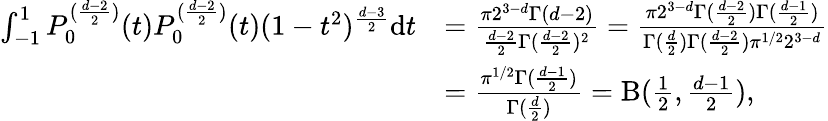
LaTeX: \begin{array}{rl}{\int_{-1}^{1}P_{0}^{(\frac{d-2}{2})}(t)P_{0}^{(\frac{d-2}{2})}(t)(1-t^{2})^{\frac{d-3}{2}}\mathrm{d}t}&{=\frac{\pi 2^{3-d}\Gamma(d-2)}{\frac{d-2}{2}\Gamma(\frac{d-2}{2})^{2}}=\frac{\pi 2^{3-d}\Gamma(\frac{d-2}{2})\Gamma(\frac{d-1}{2})}{\Gamma(\frac{d}{2})\Gamma(\frac{d-2}{2})\pi^{1/2}2^{3-d}}}\\ &{=\frac{\pi^{1/2}\Gamma(\frac{d-1}{2})}{\Gamma(\frac{d}{2})}=\mathrm{B}(\frac{1}{2},\frac{d-1}{2}),}\end{array}